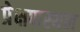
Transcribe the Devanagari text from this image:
प्रेक्षणस्थल